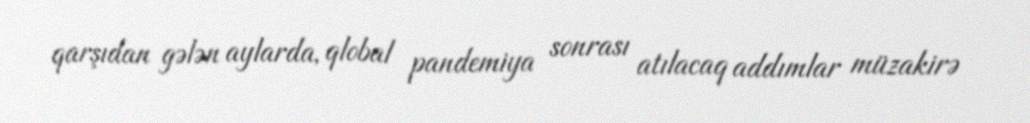
qarşıdan gələn aylarda, qlobal pandemiya sonrası atılacaq addımlar müzakirə